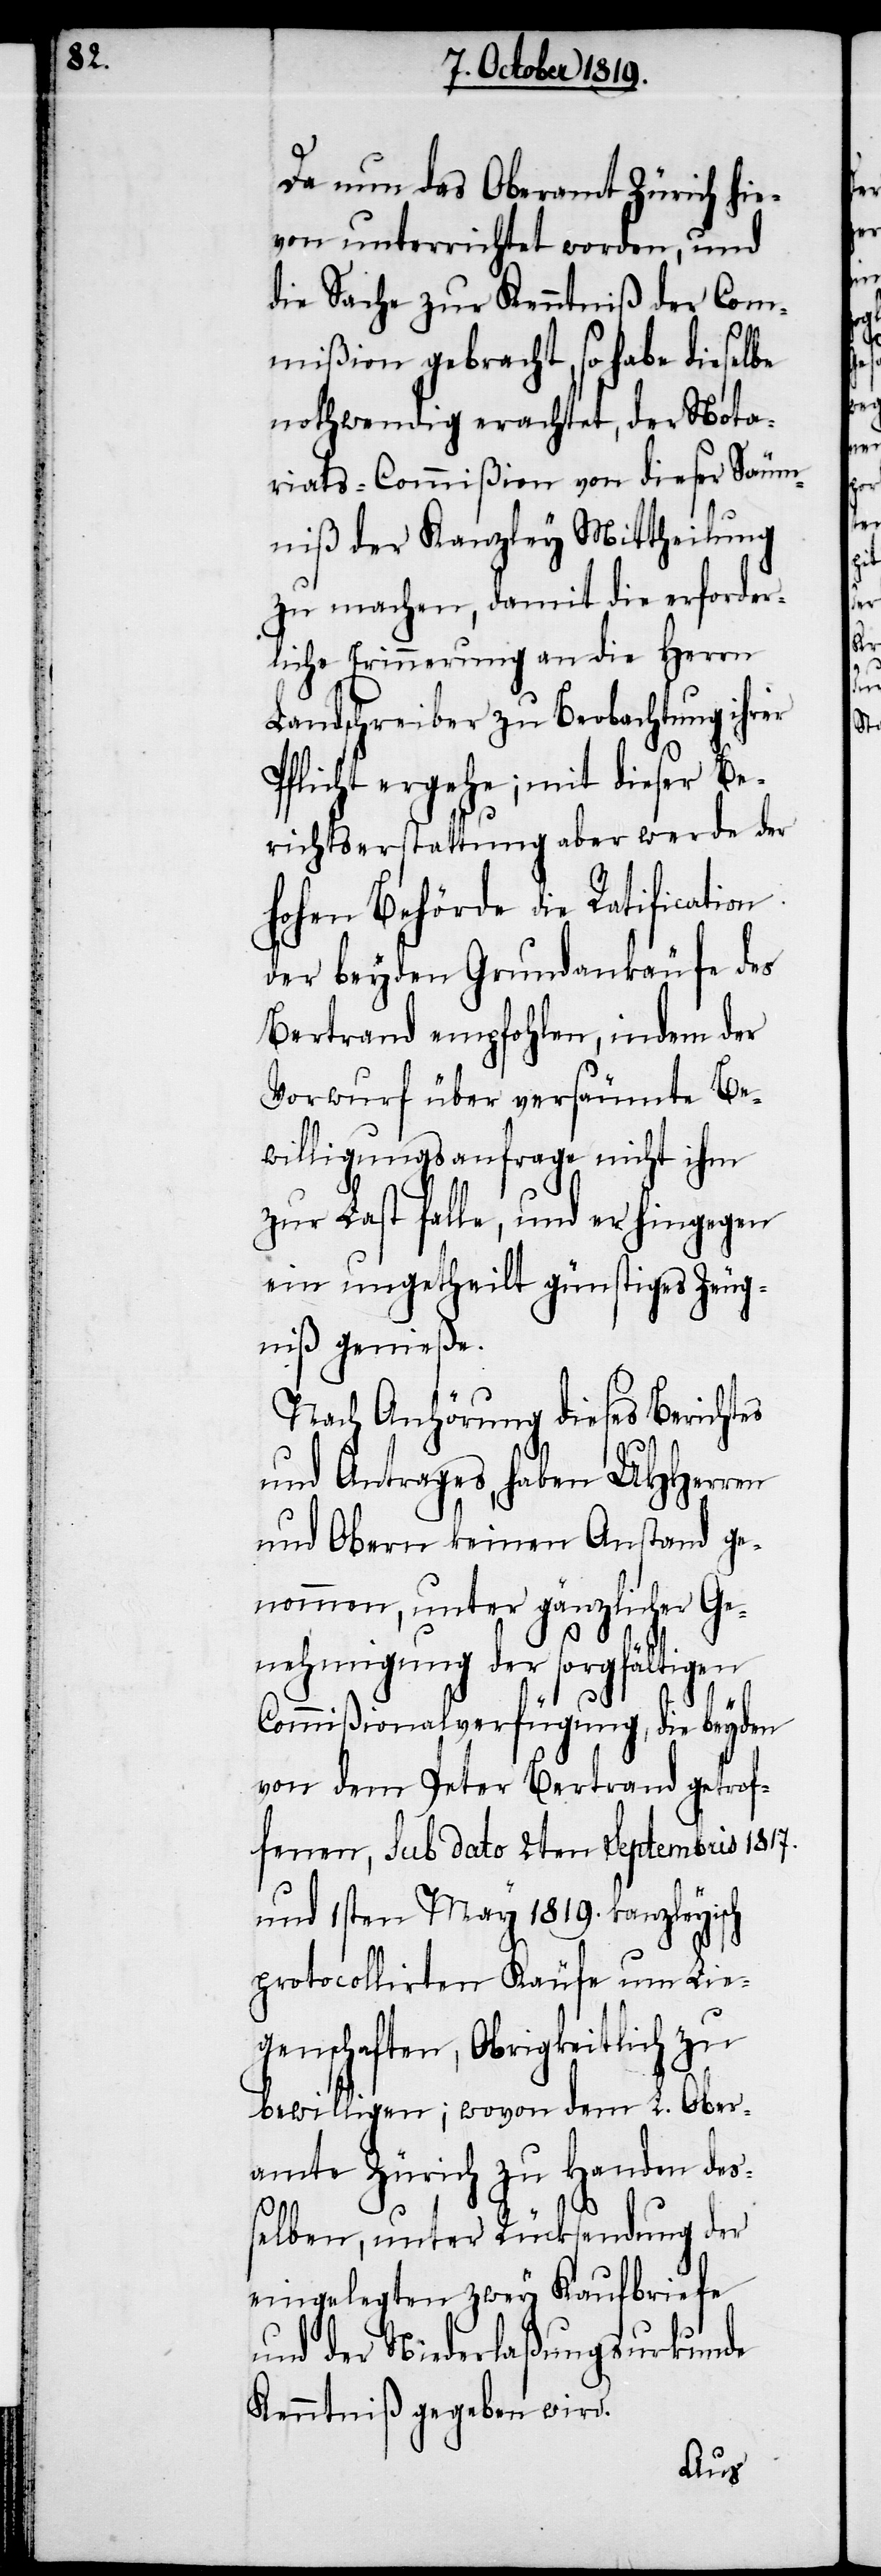
Da nun das Oberamt Zürich hie¬
von unterrichtet worden, und
die Sache zur Kenntniß der Com¬
mißion gebracht, so habe dieselbe
nothwendig erachtet, der Nota¬
riats-Commißion von dieser Säum¬
niß der Kanzley Mittheilung
zu machen, damit die erforder¬
liche Erinnerung an die Herren
Landschreiber zu Beobachtung ihrer
Pflicht ergehe; mit dieser Be¬
richtserstattung aber werde der
hohen Behörde die Ratification
der beyden Grundankäufe des
Bertrand empfohlen, indem der
Vorwurf über versäumte Be¬
willigungsanfrage nicht ihm
zur Last falle, und er hingegen
ein ungetheilt günstiges Zeug¬
niß genieße.
Nach Anhörung dieses Berichtes
und Antrages, haben UHHerren
und Obern keinen Anstand ge¬
nommen, unter gänzlicher Ge¬
nehmigung der sorgfältigen
Commißionalverfügung, die beyden
von dem Peter Bertrand getrof¬
fenen, sub dato 2ten Septembris 1817.
und 1sten May 1819. kanzleyisch
protocollirten Käufe um Lie¬
genschaften, Obrigkeitlich zu
bewilligen; wovon dem L. Ober¬
amte Zürich zu Handen des¬
selben, unter Rücksendung der
eingelegten zwey Kaufbriefe
und der Niederlaßungsurkunde
Kenntniß gegeben wird.